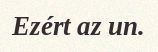
Ezért az un.